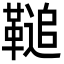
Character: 𩌝